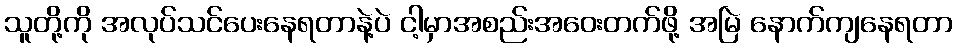
သူတို့ကို အလုပ်သင်ပေးနေရတာနဲ့ပဲ ငါ့မှာအစည်းအဝေးတက်ဖို့ အမြဲ နောက်ကျနေရတာ